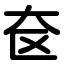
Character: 奁